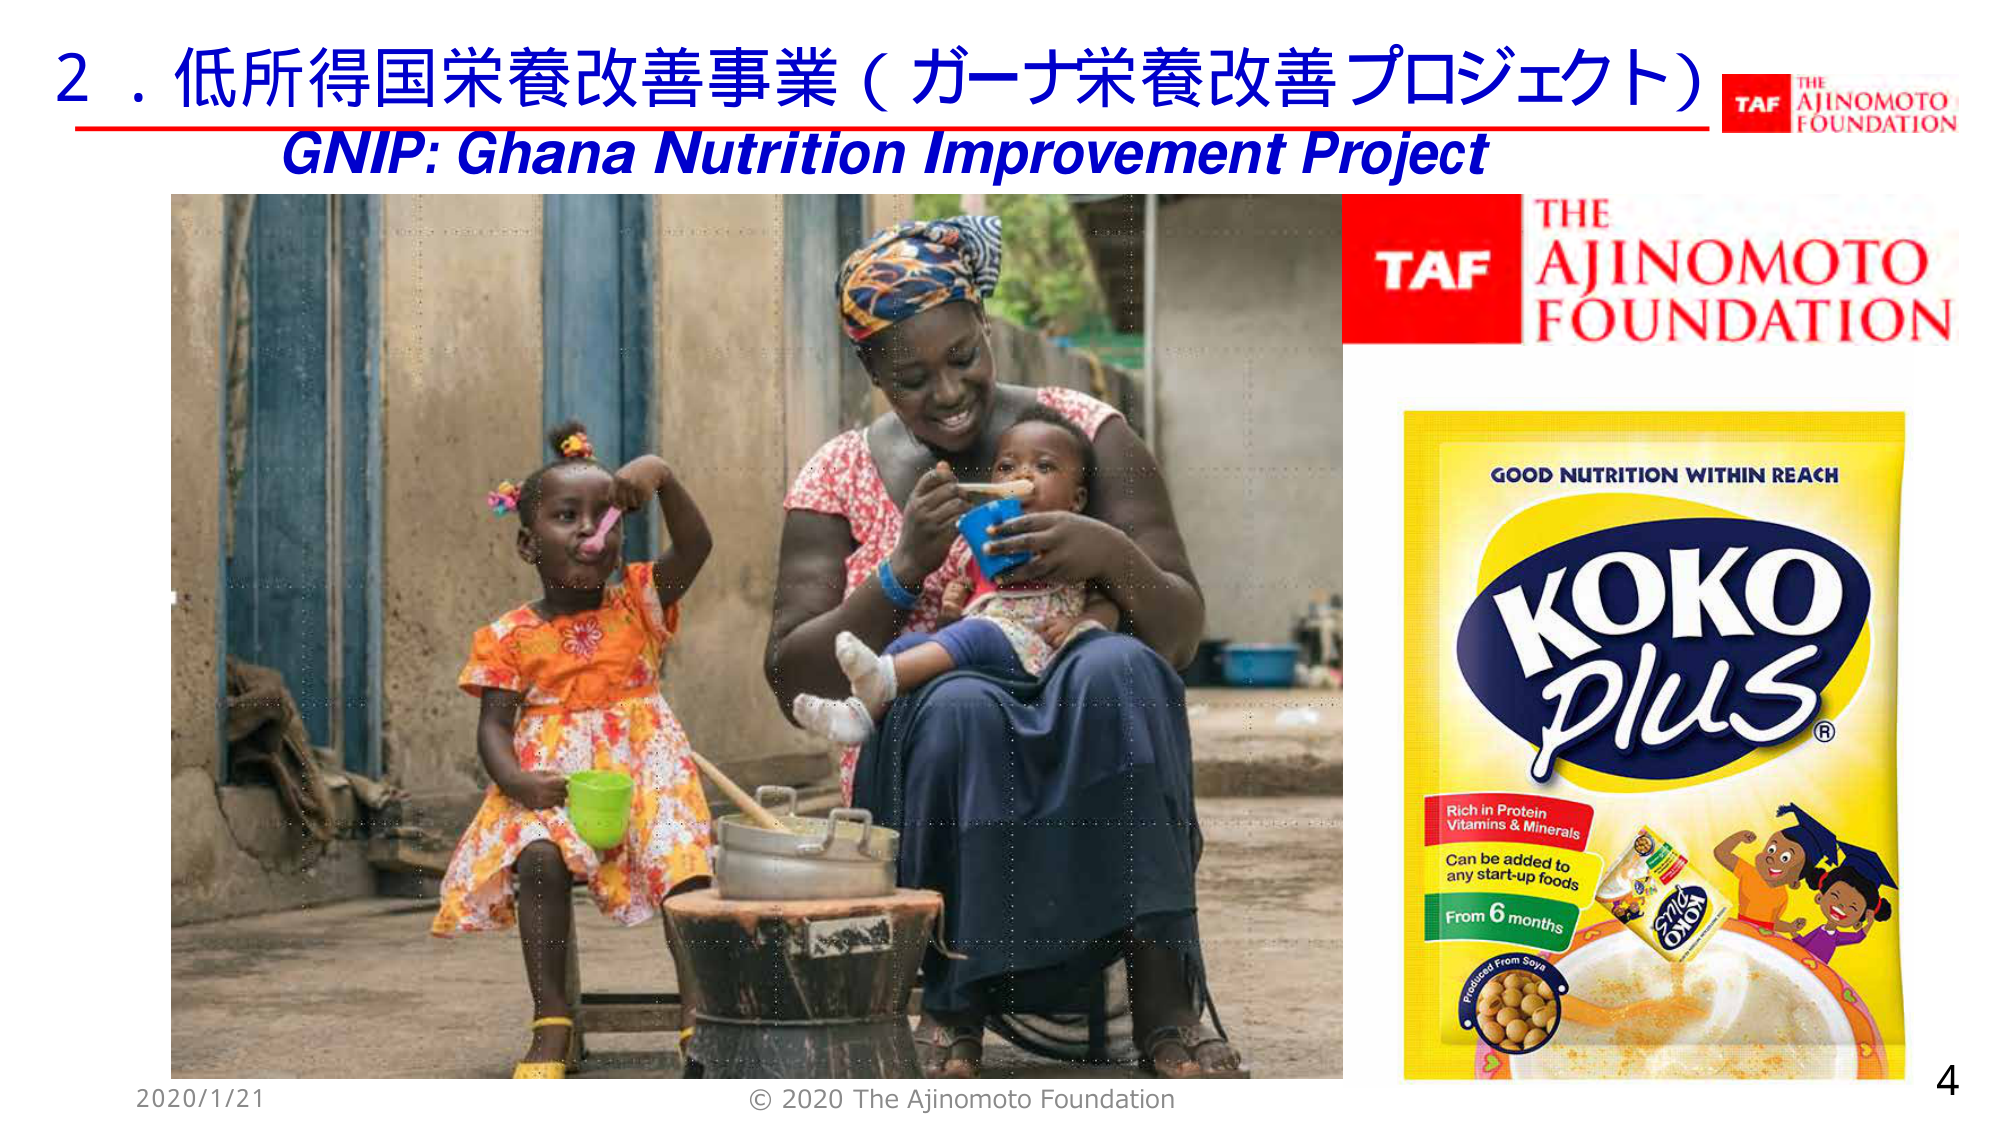
2．低所得国栄養改善事業（ガーナ栄養改善プロジェクト）
GNIP: Ghana Nutrition Improvement Project
TAF THE AJINOMOTO FOUNDATION
GOOD NUTRITION WITHIN REACH
KOKO Plus®
Rich in Protein
Vitamins & Minerals
Can be added to
any start-up foods
From 6 months
Produced From Soya
© 2020 The Ajinomoto Foundation
2020/1/21
4